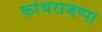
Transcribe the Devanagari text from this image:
कांथराजप्पा